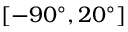
[ - 9 0 ^ { \circ } , 2 0 ^ { \circ } ]